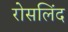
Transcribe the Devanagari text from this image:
रोसलिंद